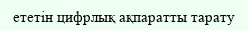
ететін цифрлық ақпаратты тарату